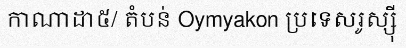
កាណាដា៥/ តំបន់ Oymyakon ប្រទេសរូស្ស៊ី